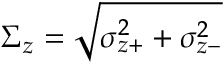
\Sigma _ { z } = \sqrt { \sigma _ { z + } ^ { 2 } + \sigma _ { z - } ^ { 2 } }